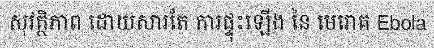
សុវត្ថិភាព ដោយសារតែ ការផ្ទុះឡើង នៃ មេរោគ Ebola